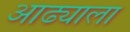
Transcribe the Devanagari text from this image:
आढ्याला